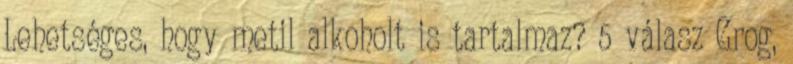
Lehetséges, hogy metil alkoholt is tartalmaz? 5 válasz Grog,